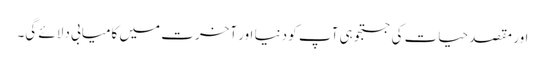
اور مقصدِ حیات کی جستجو ہی آپ کو دنیا اور آخرت میں کامیابی دلائے گی۔